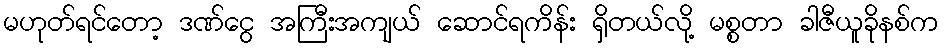
မဟုတ်ရင်တော့ ဒဏ်ငွေ အကြီးအကျယ် ဆောင်ရကိန်း ရှိတယ်လို့ မစ္စတာ ခါဇီယူခိုနစ်က